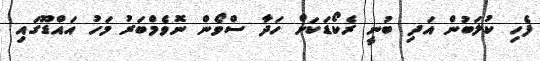
ފެހި ކުލަބުން އަދި ބުނީ ރެކޯޑަކަށް ހަދާ ސްވޯން ނޮވެމްބަރު މަހު އައްޑޫގައި